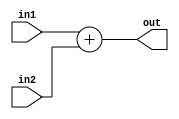
module adder_32_bit (in1, in2, out);
	input [31:0] in1, in2;
	output [31:0] out;
	assign out=in1+in2;
endmodule